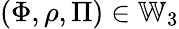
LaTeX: (\Phi,\rho,\Pi)\in\mathbb{W}_{3}